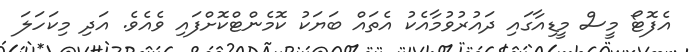
އެފޮޓޯ މީސް މީޑިއާގައި ދައުރުވުމާއެކު އެތައް ބަޔަކު ކޮމެންޓްކޮށްފައި ވެއެވެ. އަދި މިކަހަލަ